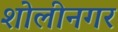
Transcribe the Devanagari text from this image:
शोलीनगर